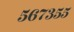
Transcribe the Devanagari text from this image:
५६७३५५